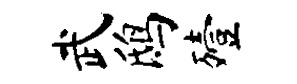
武鸱殪